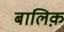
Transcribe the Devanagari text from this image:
बालिक़